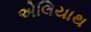
એલિયાથ